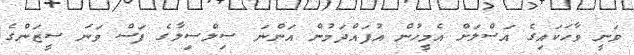
ވަނީ ވާހަކައިގެ އަސްލަށް އެމީހުން އުފައްދަމުން އަންނަ ސިލްސިލާގެ ފަސް ވަނަ ސީޒަންގެ